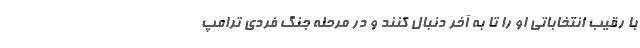
با رقیب انتخاباتی او را تا به آخر دنبال کنند و در مرحله جنگ فردی ترامپ